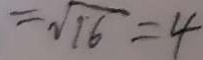
= \sqrt { 1 6 } = 4